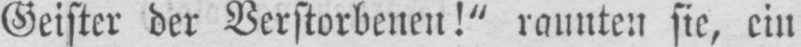
Geister der Verstorbenen!” raunten sie, ein